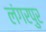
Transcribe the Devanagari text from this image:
लंगरपुर